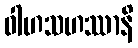
ဝါဟသဟဿာနိ